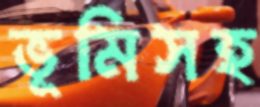
ভূমিসহ